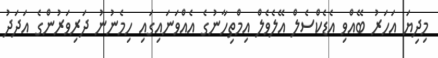
މިދިޔަ އަހަރު ބޭއްވި އެޑެކްސެލް އޭލެވެލް އިމްތިހާނުގެ އެއްވަނައިގައި ހިމެނުނު ދަރިވަރުންގެ އަދަދު